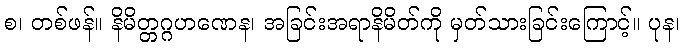
စ၊ တစ်ဖန်။ နိမိတ္တဂ္ဂဟဏေန၊ အခြင်းအရာနိမိတ်ကို မှတ်သားခြင်းကြောင့်။ ပုန၊